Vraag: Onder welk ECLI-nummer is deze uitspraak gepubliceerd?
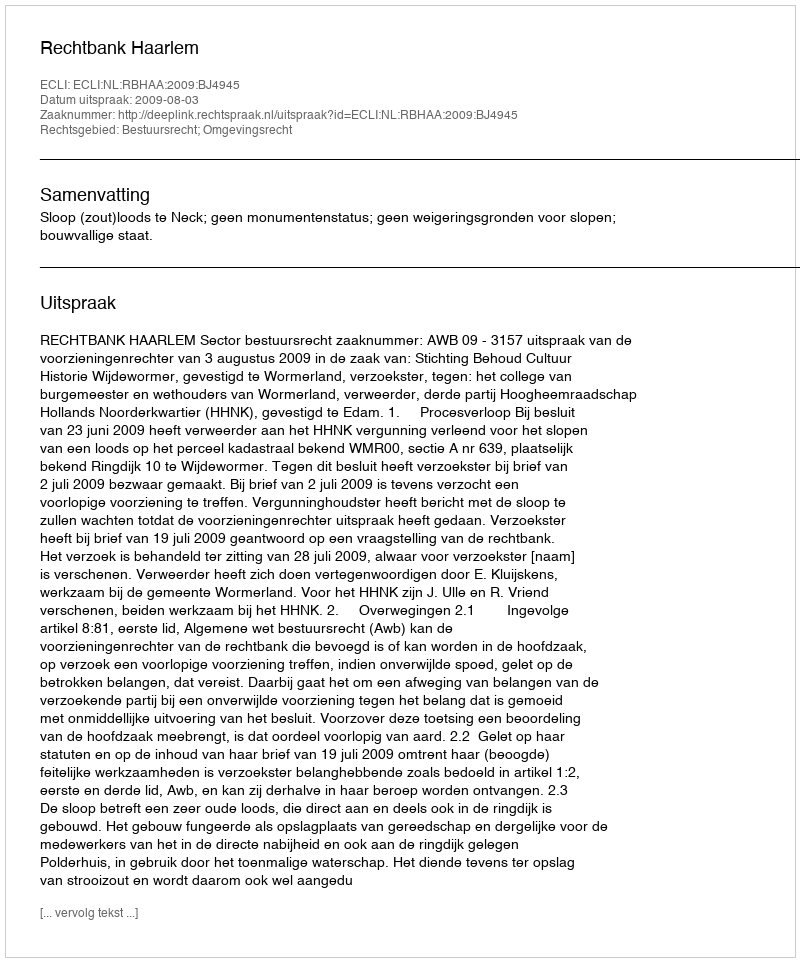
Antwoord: ECLI:NL:RBHAA:2009:BJ4945